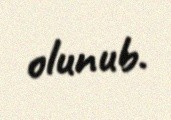
olunub.